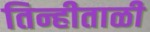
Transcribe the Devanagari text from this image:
तिन्हीताळी